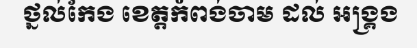
ថ្នល់កែង ខេត្តកំពង់ចាម ដល់ អង្គ្រង